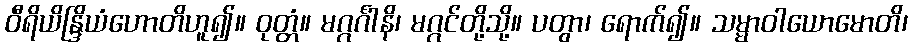
ဝီရိယိန္ဒြိယံဟောတိဟူ၍။ ဝုတ္တံ။ မဂ္ဂင်္ဂါနိ၊ မဂ္ဂင်တို့သို့။ ပတွာ၊ ရောက်၍။ သမ္မာဝါယောမောတိ၊